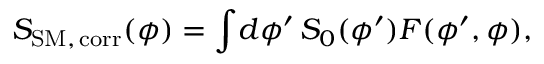
S _ { \mathrm { S M , \, c o r r } } ( \phi ) = \int \! d \phi ^ { \prime } \, S _ { 0 } ( \phi ^ { \prime } ) F ( \phi ^ { \prime } , \phi ) ,